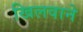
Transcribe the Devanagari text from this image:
खिलवाने